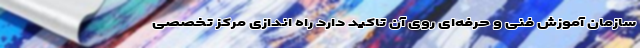
سازمان آموزش فنی و حرفه‌ای روی آن تاکید دارد راه اندازی مرکز تخصصی